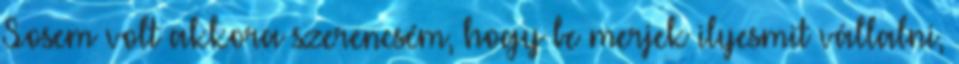
Sosem volt akkora szerencsém, hogy be merjek ilyesmit vállalni,